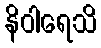
နိဝါရေသိ